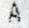
A